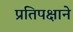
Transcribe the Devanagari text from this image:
प्रतिपक्षाने